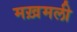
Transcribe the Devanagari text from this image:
मख़मली